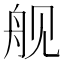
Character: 舰